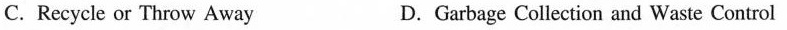
C.Recycle or Throw Away D. Garbage Collection and Waste Control